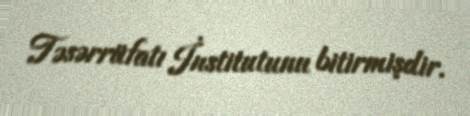
Təsərrüfatı İnstitutunu bitirmişdir.